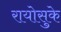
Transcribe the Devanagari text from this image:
रायोसुके